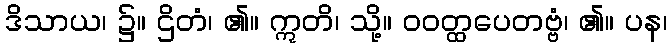
ဒိသာယ၊ ၌။ ဌိတံ၊ ၏။ ဣတိ၊ သို့။ ဝဝတ္ထပေတဗ္ဗံ၊ ၏။ ပန၊